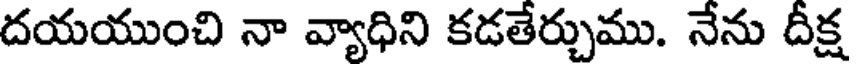
దయయుంచి నా వ్యాధిని కడతేర్చుము. నేను దీక్ష